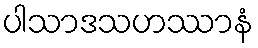
ပါသာဒသဟဿာနံ